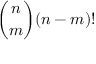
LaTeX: { \binom { n } { m } } ( n - m ) !